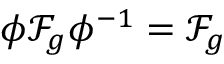
{ \phi \mathscr { F } _ { g } \phi ^ { - 1 } = \mathscr { F } _ { g } }